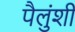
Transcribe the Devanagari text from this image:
पैलुंशी